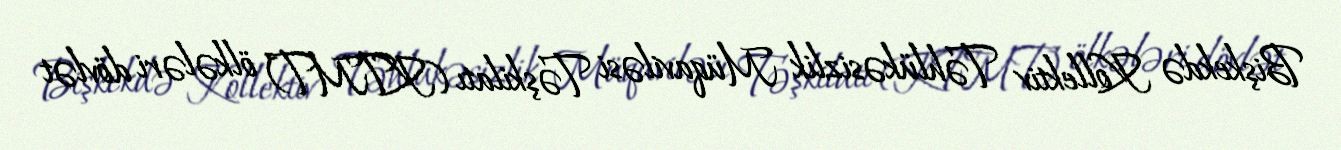
Bişkekdə Kollektiv Təhlükəsizlik Müqaviləsi Təşkilatı (KTMT) ölkələri dövlət